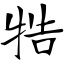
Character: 牿